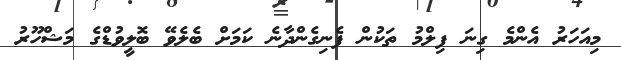
މިއަހަރު އެންމެ ގިނަ ފިލްމު ތަކުން ފެނިގެންދާނެ ކަމަށް ބެލެވޭ ބޮލީވުޑްގެ މަޝްހޫރު